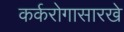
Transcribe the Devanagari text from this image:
कर्करोगासारखे